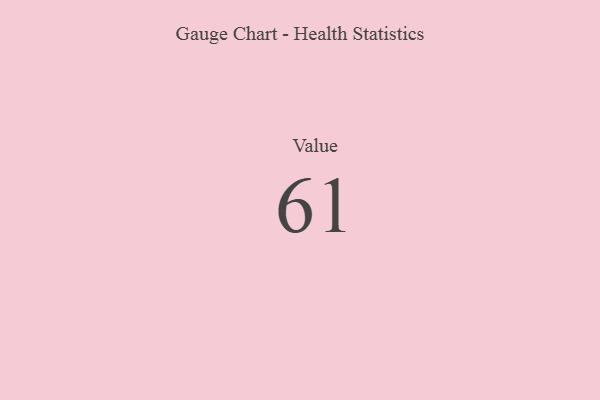
{"axis": {"x": "Metric", "y": "Value"}, "legend": [""], "data": [{"x": "Value", "y": 61, "type": ""}]}